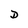
Character: D